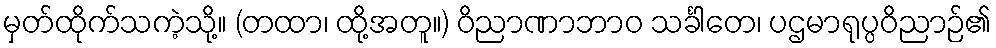
မှတ်ထိုက်သကဲ့သို့။ (တထာ၊ ထို့အတူ။) ဝိညာဏာဘာဝ သင်္ခါတေ၊ ပဌမာရုပ္ပဝိညာဉ်၏